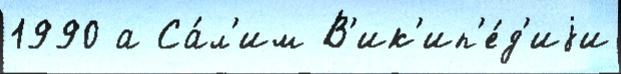
1990 а Са́л'им В'ик'ип'е́д'иjи